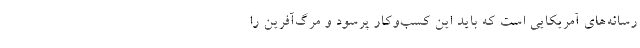
رسانه‌های آمریکایی است که باید این کسب‌وکار پرسود و مرگ‌آفرین را